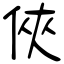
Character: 俠